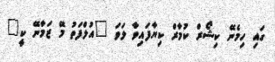
ގައި ހިމެނޭ ކިޝޯރް ކުމާރް ކިޔާފައިވާ ލަވަ "އުލްފަތު މޭ ޒަމާނޭ ކީ"